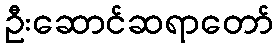
ဦးဆောင်ဆရာတော်